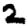
Digit: 2